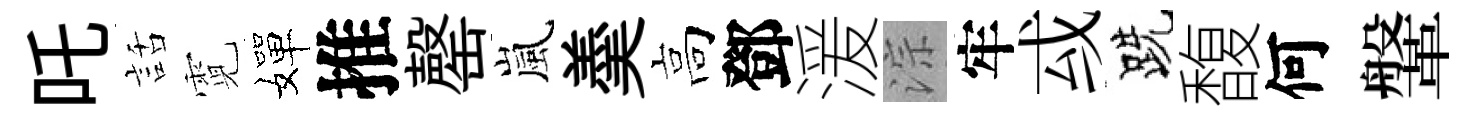
吒話霓嬋推罄嵐羮高鄧湲淙牢㦯跣馥何鞶